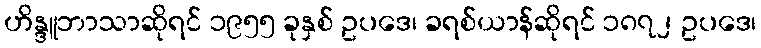
ဟိန္ဒူဘာသာဆိုရင် ၁၉၅၅ ခုနှစ် ဥပဒေ၊ ခရစ်ယာန်ဆိုရင် ၁၈၇၂ ဥပဒေ၊